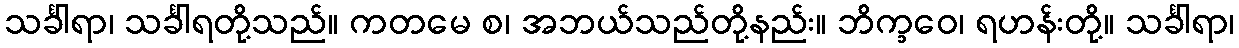
သင်္ခါရာ၊ သင်္ခါရတို့သည်။ ကတမေ စ၊ အဘယ်သည်တို့နည်း။ ဘိက္ခဝေ၊ ရဟန်းတို့။ သင်္ခါရာ၊